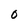
Character: 0